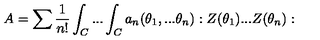
A = \sum \frac { 1 } { n ! } \int _ { C } . . . \int _ { C } a _ { n } ( \theta _ { 1 } , . . . \theta _ { n } ) : Z ( \theta _ { 1 } ) . . . Z ( \theta _ { n } ) :